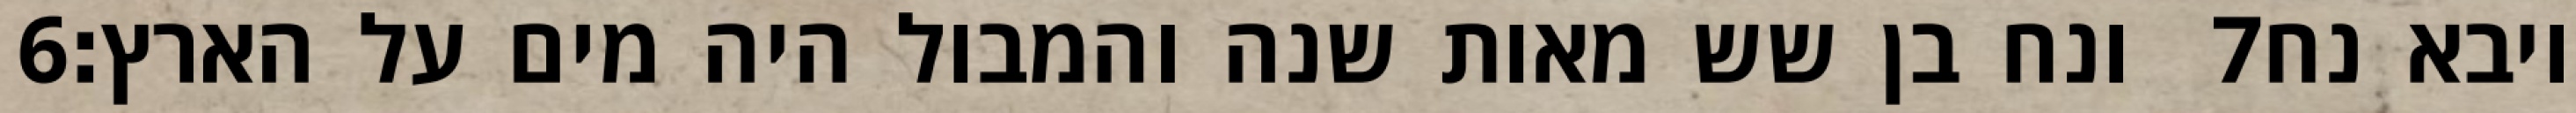
‎6‏ ונח בן שש מאות שנה והמבול היה מים על הארץ׃ ‎7‏ ויבא נח